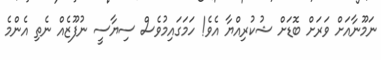
ނަމޫނާއަށް ވަރަށް ބޮޑަށް ޝުކުރިއްޔާ އެވެ! ހަމަގައިމުވެސް ސިޔާސީ ނުފޫޒެއް ނެތި އެންމެ